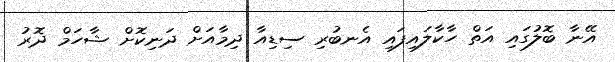
އޭނާ ބޮލުގައި އަތް ހާކާލައިފައި އެނބުރި ސިޑިއާ ދިމާއަށް ދަނިކޮށް ޝާހަމް ދޮރު